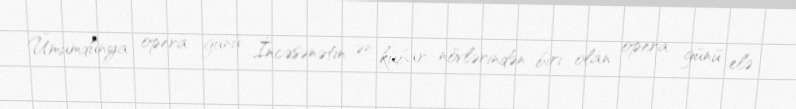
Ümumdünya opera günü İncəsənətin ən kübar növlərindən biri olan opera günü elə